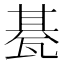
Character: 𤭦